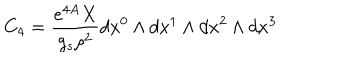
C _ { 4 } = \frac { e ^ { 4 A } X } { g _ { s } \rho ^ { 2 } } d x ^ { 0 } \wedge d x ^ { 1 } \wedge d x ^ { 2 } \wedge d x ^ { 3 }